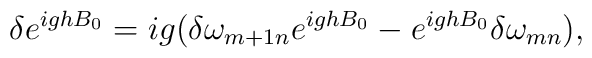
\delta e^{ighB_0}=ig(\delta\omega_{m+1n}e^{igh B_0}-e^{ighB_0}\delta\omega_{mn}),